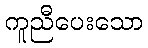
ကူညီပေးသော